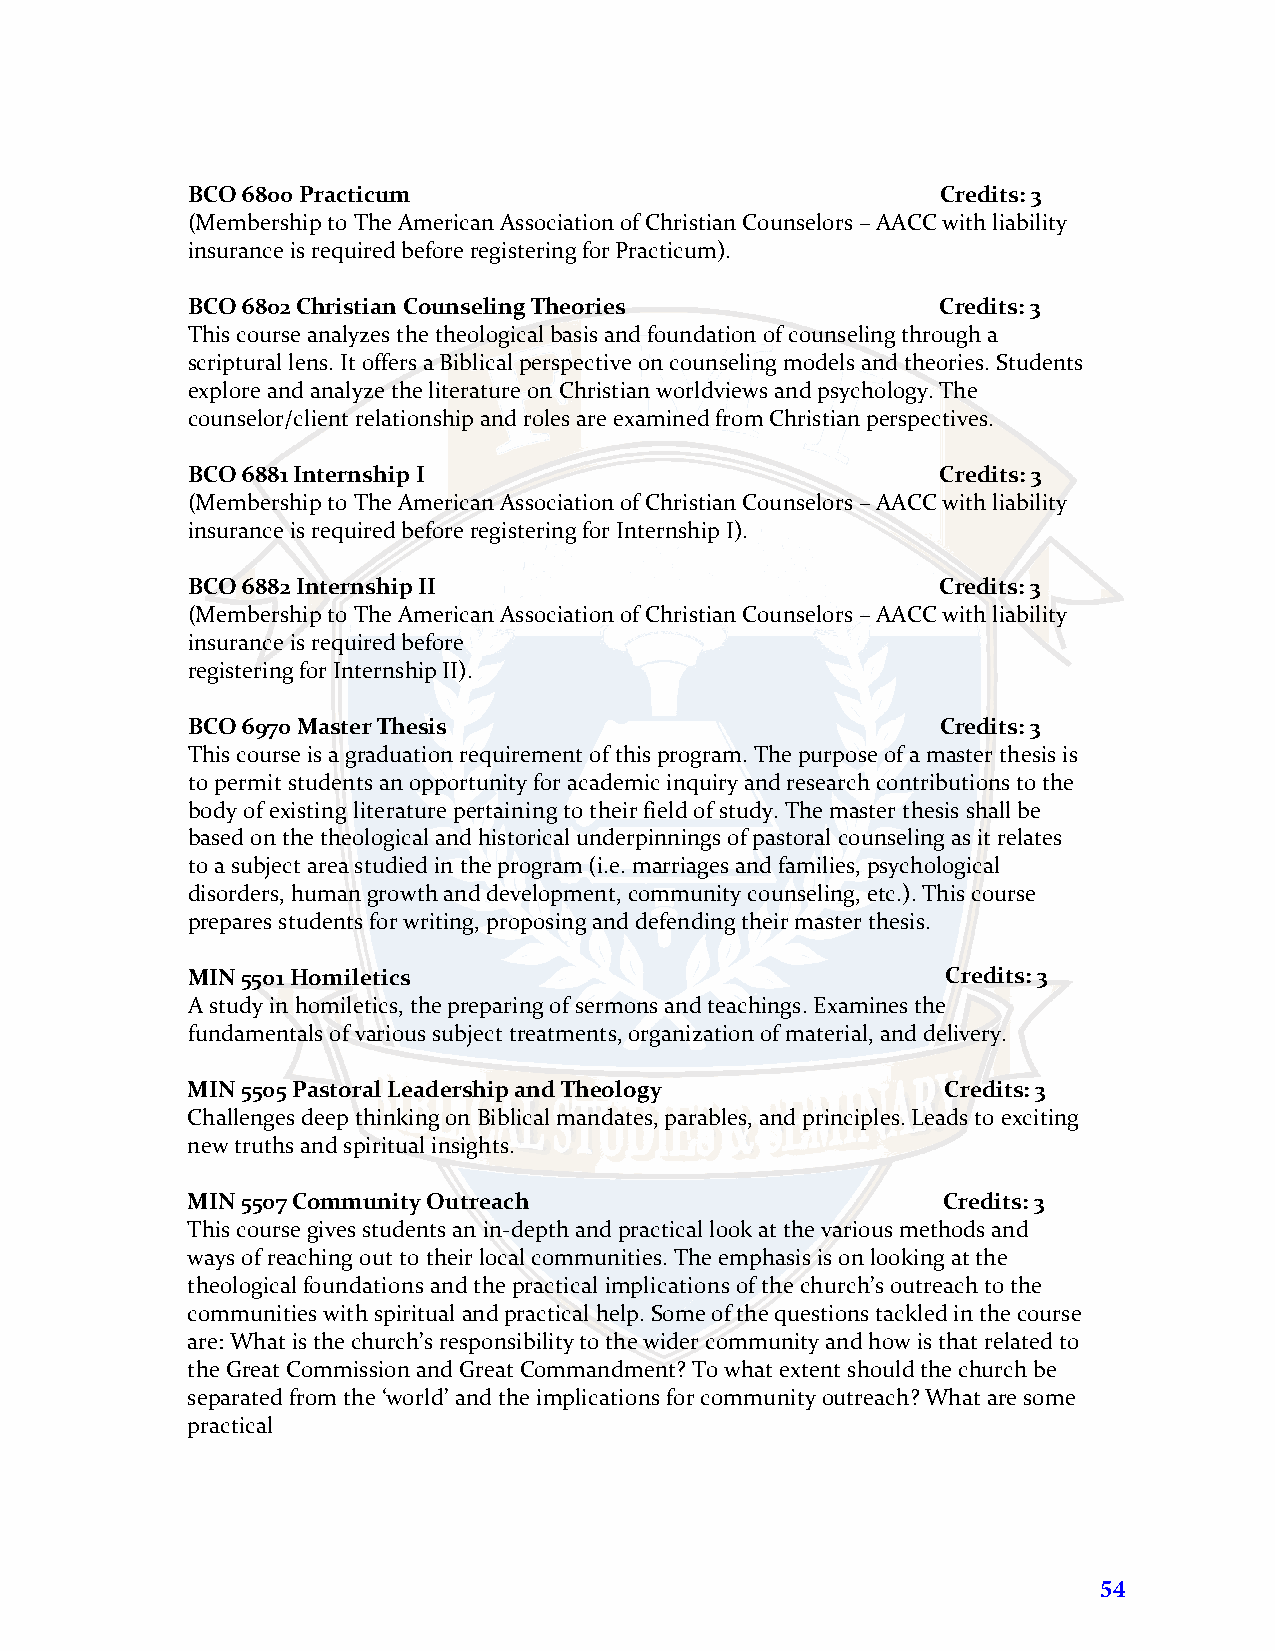
BCO 6800 Practicum                                Credits: 3
 (Membership to The American Association of Christian Counselors – AACC with liability
 insurance is required before registering for Practicum).
 BCO 6802 Christian Counseling Theories            Credits: 3
 This course analyzes the theological basis and foundation of counseling through a
 scriptural lens. It offers a Biblical perspective on counseling models and theories. Students
 explore and analyze the literature on Christian worldviews and psychology. The
 counselor/client relationship and roles are examined from Christian perspectives.
 BCO 6881 Internship I                             Credits: 3
 (Membership to The American Association of Christian Counselors – AACC with liability
 insurance is required before registering for Internship I).
 BCO 6882 Internship II                            Credits: 3
 (Membership to The American Association of Christian Counselors – AACC with liability
 insurance is required before
 registering for Internship II).
 BCO 6970 Master Thesis                            Credits: 3
 This course is a graduation requirement of this program. The purpose of a master thesis is
 to permit students an opportunity for academic inquiry and research contributions to the
 body of existing literature pertaining to their field of study. The master thesis shall be
 based on the theological and historical underpinnings of pastoral counseling as it relates
 to a subject area studied in the program (i.e. marriages and families, psychological
 disorders, human growth and development, community counseling, etc.). This course
 prepares students for writing, proposing and defending their master thesis.
 MIN 5501 Homiletics                                Credits: 3
 A study in homiletics, the preparing of sermons and teachings. Examines the
 fundamentals of various subject treatments, organization of material, and delivery.
 MIN 5505 Pastoral Leadership and Theology          Credits: 3
 Challenges deep thinking on Biblical mandates, parables, and principles. Leads to exciting
 new truths and spiritual insights.
 MIN 5507 Community Outreach                       Credits: 3
 This course gives students an in-depth and practical look at the various methods and
 ways of reaching out to their local communities. The emphasis is on looking at the
 theological foundations and the practical implications of the church’s outreach to the
 communities with spiritual and practical help. Some of the questions tackled in the course
 are: What is the church’s responsibility to the wider community and how is that related to
 the Great Commission and Great Commandment? To what extent should the church be
 separated from the ‘world’ and the implications for community outreach? What are some
 practical
 54